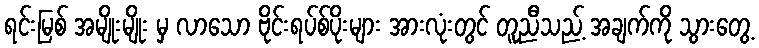
ရင်းမြစ် အမျိုးမျိုး မှ လာသော ဗိုင်းရပ်စ်ပိုးများ အားလုံးတွင် တူညီသည့် အချက်ကို သွားတွေ့